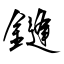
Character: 鏠